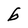
Character: b